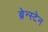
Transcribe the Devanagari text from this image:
ब्रेन्स्टेन